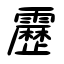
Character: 靂